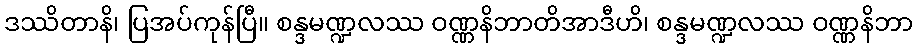
ဒဿိတာနိ၊ ပြအပ်ကုန်ပြီ။ စန္ဒမဏ္ဍလဿ ဝဏ္ဏနိဘာတိအာဒီဟိ၊ စန္ဒမဏ္ဍလဿ ဝဏ္ဏနိဘာ